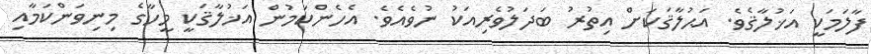
ފާލަމަކީ އަޚުލާޤެވެ. އަޙުލާޤަކަށް އިތުރު ބަދަލުވެރިއަކު ނުވެއެވެ. އެހެންކަމުން އަޚުލާޤަކީ މީހާގެ މިނިވަންކަމާއި